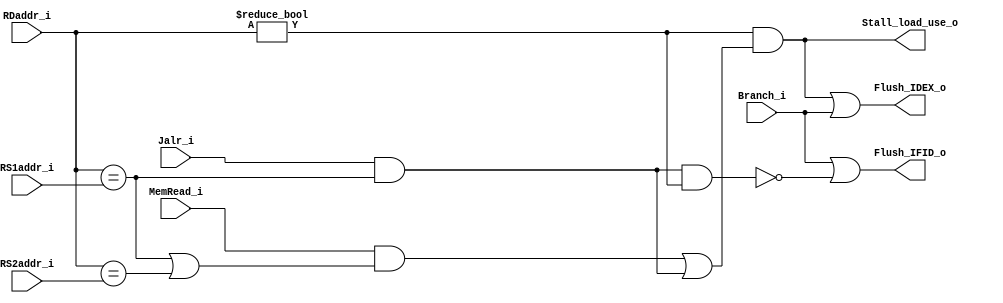
module Hazard_Detection_Unit(
    MemRead_i,
    Jalr_i,
    RDaddr_i,
    RS1addr_i,
    RS2addr_i,
    Branch_i,
    Stall_load_use_o,
    Flush_IFID_o,
    Flush_IDEX_o
);

    // Ports
    input        MemRead_i, Branch_i, Jalr_i;
    input  [4:0] RDaddr_i, RS1addr_i, RS2addr_i;
    output       Stall_load_use_o, Flush_IFID_o, Flush_IDEX_o;

    wire RDRS1, RDRS2;
    assign RDRS1 = (RDaddr_i == RS1addr_i);
    assign RDRS2 = (RDaddr_i == RS2addr_i);

    assign tmp                 = RDRS1 | RDRS2;
    assign temp2               = Jalr_i & RDRS1;
    assign Stall_load_use_o    = (RDaddr_i != 5'd0) & ((MemRead_i  & tmp) | temp2);
    assign Flush_IDEX_o        = Stall_load_use_o | Branch_i;
    assign Flush_IFID_o        = Branch_i | (!(temp2 & (RDaddr_i != 5'd0)));

endmodule